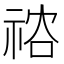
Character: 𥙻